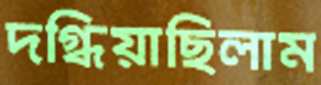
দগ্ধিয়াছিলাম